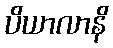
ပိယာလာနိ